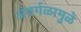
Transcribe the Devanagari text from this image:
अंतर्गळामुळे